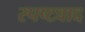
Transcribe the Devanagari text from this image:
स्पष्टवाद